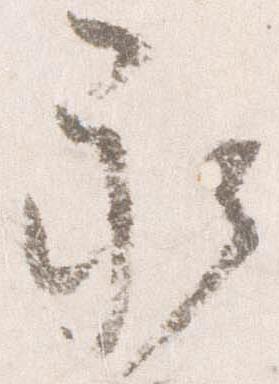
永